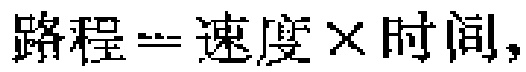
路程 = 速度 \times 时间